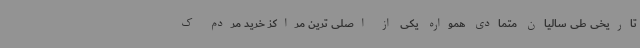
تاریخی طی سالیان متمادی همواره یکی از اصلی ترین مراکز خرید مردم ک